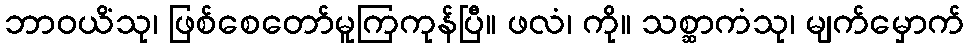
ဘာဝယိံသု၊ ဖြစ်စေတော်မူကြကုန်ပြီ။ ဖလံ၊ ကို။ သစ္ဆာကံသု၊ မျက်မှောက်